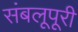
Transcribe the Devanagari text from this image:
संबलूपूरी